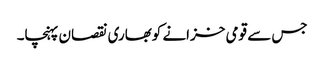
جس سے قومی خزانے کوبھاری نقصان پہنچا۔